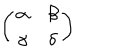
\left( \begin{array} { c c } { { \alpha } } & { { \beta } } \\ { { \gamma } } & { { \delta } } \\ \end{array} \right)